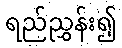
ရည်ညွှန်း၍